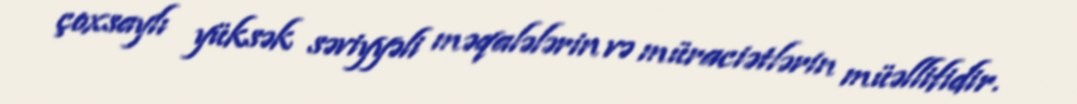
çoxsaylı yüksək səviyyəli məqalələrin və müraciətlərin müəllifidir.